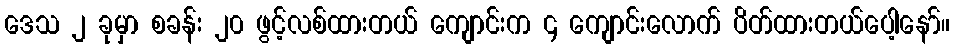
ဒေသ ၂ ခုမှာ စခန်း ၂၀ ဖွင့်လစ်ထားတယ် ကျောင်းက ၄ ကျောင်းလောက် ပိတ်ထားတယ်ပေါ့နော်။